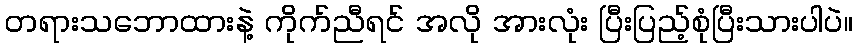
တရားသဘောထားနဲ့ ကိုက်ညီရင် အလို အားလုံး ပြီးပြည့်စုံပြီးသားပါပဲ။